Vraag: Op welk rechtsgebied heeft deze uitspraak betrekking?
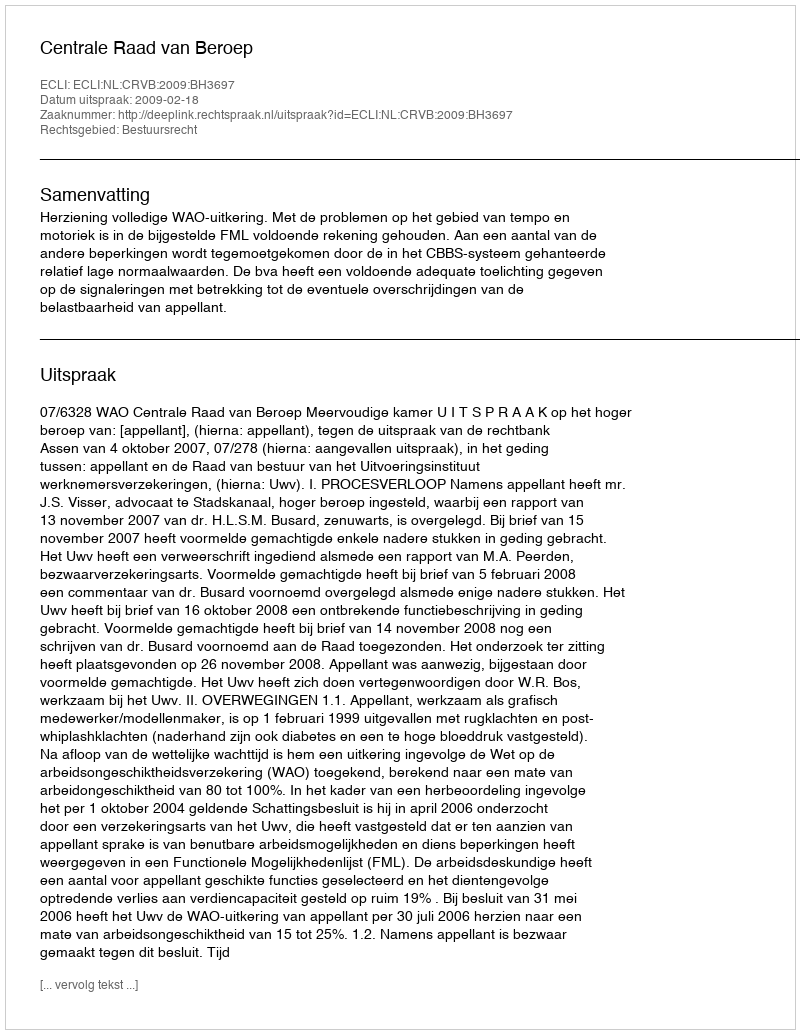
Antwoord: Bestuursrecht